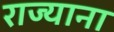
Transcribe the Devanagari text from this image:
राज्याना